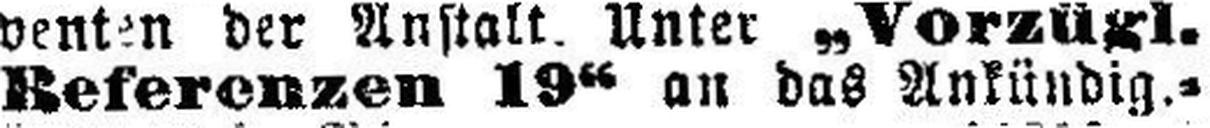
Referenzen 19“ an das Ankündig.=